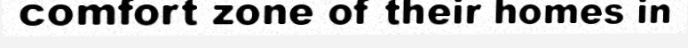
comfort zone of their homes in